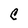
Character: C